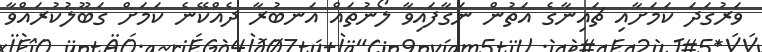
ވަރުގަދަ ކަމަށާއި ޗައިނާގެ އަތުން ނަގާފައިވާ ލޯނުތައް އަނބުރާ ދެއްކޭނެ ކަމަށް ގަބޫލުކުރައްވާ